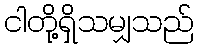
ငါတို့ရှိသမျှသည်